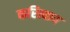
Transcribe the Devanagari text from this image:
करित्याय